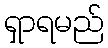
ရှာရမည်